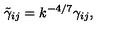
\tilde { \gamma } _ { i j } = k ^ { - 4 / 7 } \gamma _ { i j } ,